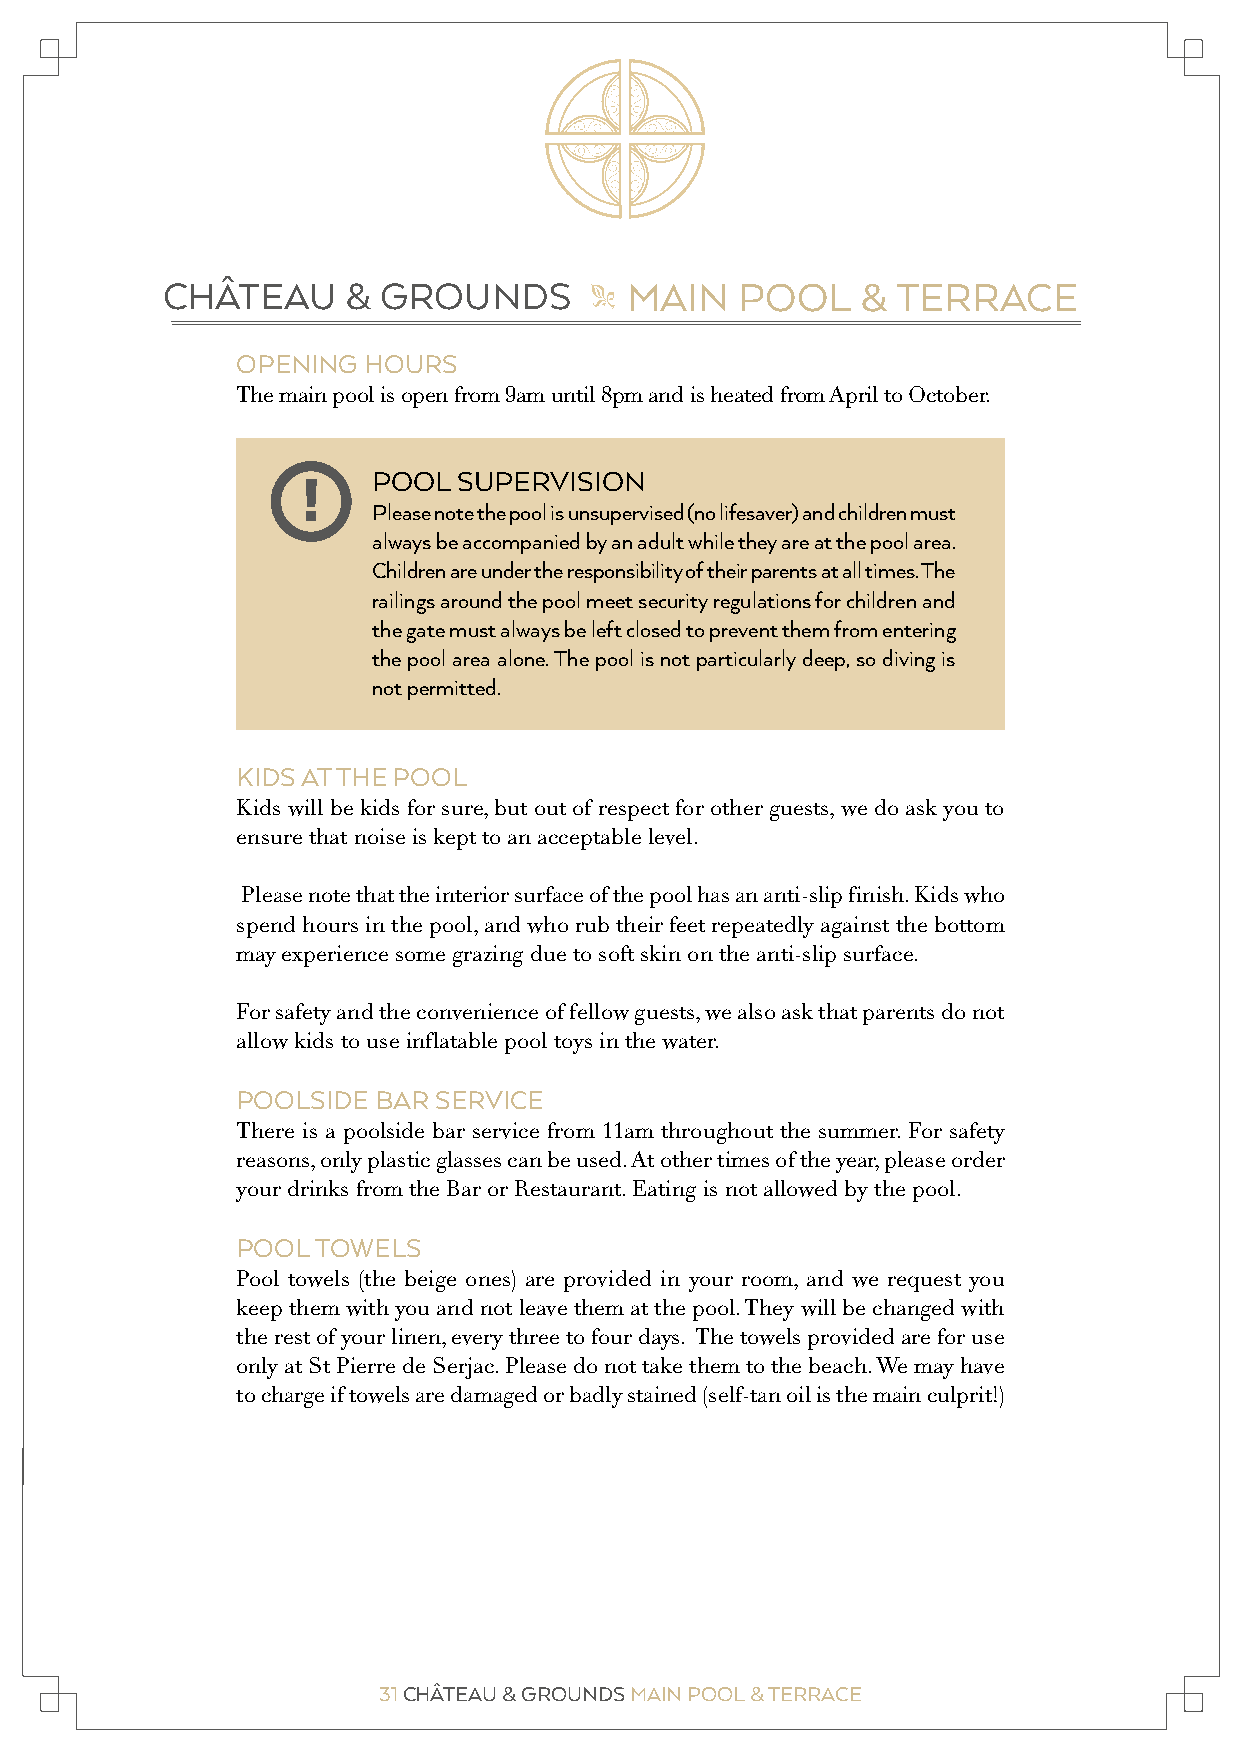
CHÂTEAU     & GROUNDS         MAIN    POOL    & TERRACE
 "
 OPENING HOURS
 The main pool is open from 9am until 8pm and is heated from April to October.
 POOL SUPERVISION
 !
 Please note the pool is unsupervised (no lifesaver) and children must
 always be accompanied by an adult while they are at the pool area.
 Children are under the responsibility of their parents at all times. The
 railings around the pool meet security regulations for children and
 the gate must always be left closed to prevent them from entering
 the pool area alone. The pool is not particularly deep, so diving is
 not permitted.
 KIDS AT THE POOL
 Kids will be kids for sure, but out of respect for other guests, we do ask you to
 ensure that noise is kept to an acceptable level.
 Please note that the interior surface of the pool has an anti-slip finish. Kids who
 spend hours in the pool, and who rub their feet repeatedly against the bottom
 may experience some grazing due to soft skin on the anti-slip surface.
 For safety and the convenience of fellow guests, we also ask that parents do not
 allow kids to use inflatable pool toys in the water.
 POOLSIDE BAR SERVICE
 There is a poolside bar service from 11am throughout the summer. For safety
 reasons, only plastic glasses can be used. At other times of the year, please order
 your drinks from the Bar or Restaurant. Eating is not allowed by the pool.
 POOL TOWELS
 Pool towels (the beige ones) are provided in your room, and we request you
 keep them with you and not leave them at the pool. They will be changed with
 the rest of your linen, every three to four days. The towels provided are for use
 only at St Pierre de Serjac. Please do not take them to the beach. We may have
 to charge if towels are damaged or badly stained (self-tan oil is the main culprit!)
 31 CHÂTEAU & GROUNDS MAIN POOL & TERRACE